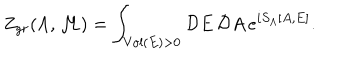
Z _ { g r } ( \Lambda , { \cal M } ) = \int _ { \mathrm { V o l } ( E ) > 0 } { \cal D } E \, { \cal D } A \, e ^ { i S _ { \Lambda } [ A , E ] } .